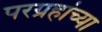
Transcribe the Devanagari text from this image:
परग्रहांच्या